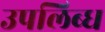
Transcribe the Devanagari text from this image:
उपलिब्ध